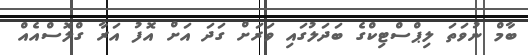
ބާމް ނުވަތަ ލިޕްސްޓިކްގެ ބަދަލުގައި ވަރަށް ގަދަ އަށް އޮފު އަރާ ގްލޮސްއެއް